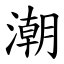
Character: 潮